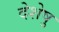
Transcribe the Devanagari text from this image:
देशेषु